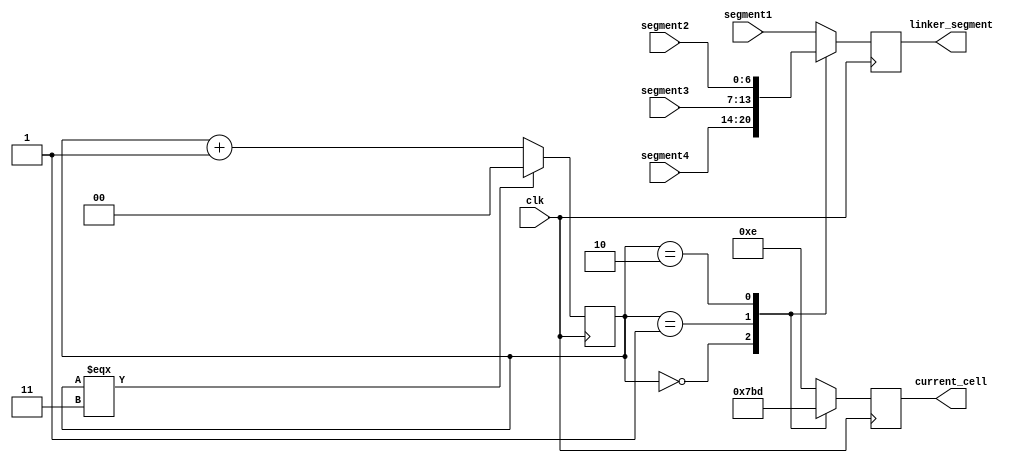
module numbers_output(
    input clk,
    
    input [6:0] segment1,
    input [6:0] segment2,
    input [6:0] segment3,
    input [6:0] segment4,
    
    output reg [6:0] linker_segment = 0,
    output reg [3:0] current_cell   = 0
);

    reg [1:0] update = 0;

    always @(posedge clk)
    begin
        update <= (update === 2'b11) ? 2'b00 : update + 2'b01;
    end
    
    always @(posedge clk)
    begin
        case (update)
            2'b00:
                linker_segment <= segment4;
            2'b01:
                linker_segment <= segment3;
            2'b10:
                linker_segment <= segment2;
            default:
                linker_segment <= segment1;
        endcase
    end
    
    always @(posedge clk)
    begin
        case (update)
            2'b00:
                current_cell <= 4'b0111;
            2'b01:
                current_cell <= 4'b1011;
            2'b10:
                current_cell <= 4'b1101;
            default:
                current_cell <= 4'b1110;
        endcase
    end

endmodule